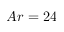
A r = 2 4